Vaccination United Provinces of Agra and Oudh 1902-1913 - 1902-1913
Year: 1902
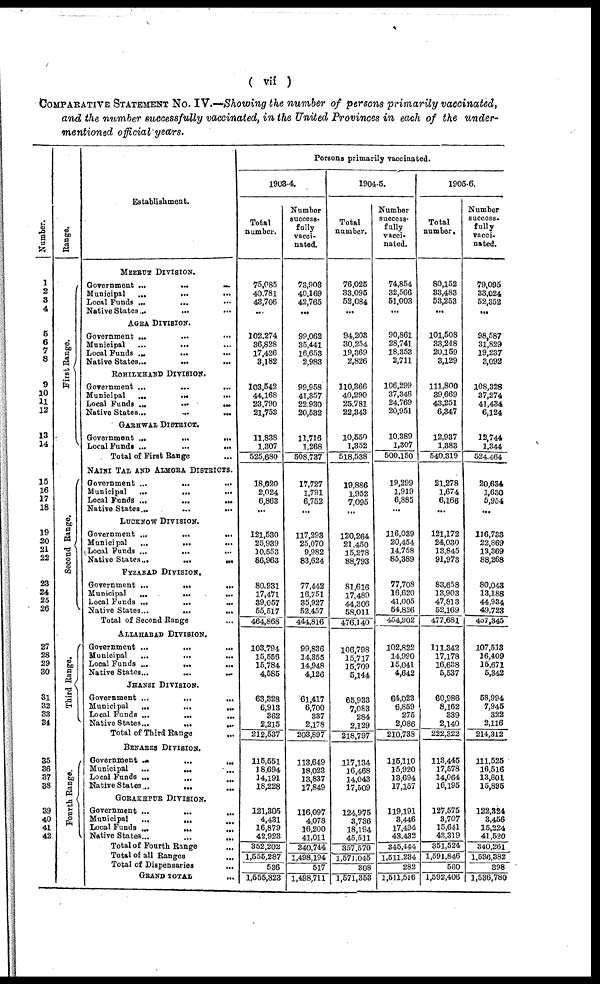
( vii )
COMPARATIVE STATEMENT No. IV.—Showing the number of persons primarily vaccinated,
and the number successfully vaccinated, in the United Provinces in each of the under-
mentioned official years.
Number.
1
2
3
4
5
6
7
8
9
10
11
12
13
14
15
16
17
18
19
20
21
22
23
24
25
26
27
28
29
30
31
32
33
31
35
36
37
38
39
40
41
42
Range.
First Range.
Second Range.
Third Range.
Fourth Range.
Establishment.
MEERUT DIVISION.
Government ...
...
...
Municipal
...
...
...
Local Funds ... ... ...
Native States... ... ...
AGRA DIVISION.
Government ... ... ...
Municipal
...
...
...
Local Funds ...
...
...
Native States...
...
...
ROHIIKHAND DIVISION.
Government ...
...
...
Municipal
... ... ...
Local Funds ...
...
...
Native States...
...
...
GARHWAL DISTRICT.
Government ...
...
...
Local Funds ...
...
...
Total of First Range ...
NAINI TAL AND ALMORA DISTRICTS.
Government ...
... ...
Municipal
...
...
...
Local Funds ...
...
...
Native States...
...
...
LUCKNOW DIVISION.
Government ...
...
...
Municipal
...
...
...
Local Funds ...
...
...
Native States...
...
...
FYZABAD DIVISION.
Government ...
...
...
Municipal
...
...
...
Local Funds ...
...
...
Native States...
...
...
Total of Second Range ...
ALLAHABAD DIVISION.
Government ...
...
...
Municipal ... ... ...
Local Funds ...
...
...
Native States...
...
...
JHANSI DIVISION.
Government ...
...
...
Municipal
...
...
...
Local Funds ...
...
...
Native States...
...
...
Total of Third Range
...
BENARES DIVISION.
Government
...
...
...
Municipal
...
...
...
Local Funds ... ... ...
Native States...
...
...
GORAKHPUR DIVISION.
Government ...
...
...
Municipal
...
... ...
Local Funds
...
...
...
Native States...
...
...
Total of Fourth Range ...
Total of all Ranges ...
Total of Dispensaries
...
GRAND TOTAL
...
Persons primarily vaccinated.
1903-4.
Total
number.
75,085
40,781
43,706
...
102,274
36,828
17,426
3,182
103,542
44,168
23,790
21,753
11,838
1,307
525,680
18,020
2,024
6,863
...
121,530
25,939
10,553
86,963
80,931
17,471
39,057
55,517
464,868
103,794
15,556
15,784
4,585
63,328
6,913
362
2,215
212,537
115,551
18,694
34,191
18,228
121,305
4,431
16,879
42,923
352,202
1,555,287
536
1,555,823
Number
success¬
fully
vacci-
nated.
73,903
40,169
42,765
...
99,062
35,441
16,653
2,983
99,958
41,357
22,930
20,532
11,716
1,268
508,737
17,727
1,791
6,752
...
117,293
25,070
9,982
83,624
77,442
16,751
35,927
52,457
444,816
99,836
14,855
14,948
4,126
61,417
6,700
337
2,178
203,897
113,649
38,023
13,837
17,849
116,097
4,078
16,200
41,011
340,744
1,498,194
517
1,498,711
1904-5.
Total
number.
76,025
33,095
52,084
...
94,203
30,254
19,369
2,826
110,366
40,290
25,781
22,343
10,550
1,352
518,538
19,886
1,952
7,095
...
120,264
21,450
15,278
88,793
81,616
17,489
44,306
58,011
476,140
106,798
15,717
15,709
5,144
65,933
7,083
284
2,129
218,797
117,134
16,468
14,043
17,509
124,975
3,736
18,194
45,511
357,570
1,571,045
308
1,571,353
Number
success-
fully
vacci-
nated.
74,854
32,566
51,003
...
90,861
28,741
18,353
2,711
106,299
37,346
24,769
20,951
10,389
1,307
500,150
19,299
1,919
6,885
...
116,039
20,454
14,758
85,389
77,708
16,620
41,005
54,826
454,902
102,822
14,990
15,041
4,642
64,023
6,859
275
2,086
210,738
115,110
15,920
33,694
17,157
119,191
3,446
17,494
43,432
345,444
1,511,234
282
1,511,516
1905-6.
Total
number.
80,152
33,483
53,253
...
101,508
33,248
20,169
3,129
111,800
39,669
43,251
6,347
12,937
1,383
540,319
21,278
1,674
6,166
...
121,172
24,030
13,845
91,973
83,658
13,903
47,813
52,169
477,681
111,342
17,178
16,638
5,537
60,986
8,162
339
2,140
222,322
113,445
17,578
14,064
16,195
127,575
3,707
15,641
43,319
351,524
1,591,846
560
1,592,406
Number
success-
fully
vacci¬
nated.
79,095
33,024
52,352
...
98,587
31,829
19,237
3,092
108,328
37,274
41,434
6,124
32,744
1,344
524,464
20,634
1,630
5,954
...
116,733
22,869
13,369
88,268
80,043
13,188
44,934
49,723
407,345
107,513
16,409
15,671
5,342
58,994
7,945
322
2,116
214,312
111,525
16,516
13,801
15,895
122,324
3,456
15,224
41,520
340,261
1,536,382
398
1,536,780